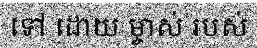
ទៅ ដោយ ម្ចាស់ របស់